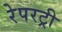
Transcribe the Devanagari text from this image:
रेपरट्री